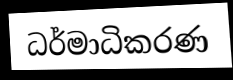
ධර්මාධිකරණ